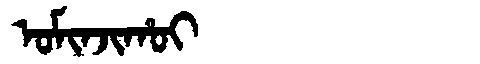
Manchu: ᠣᠮᡳᠨᠵᡳᡥᠣᡳ
Romanization: OMINJIHOI